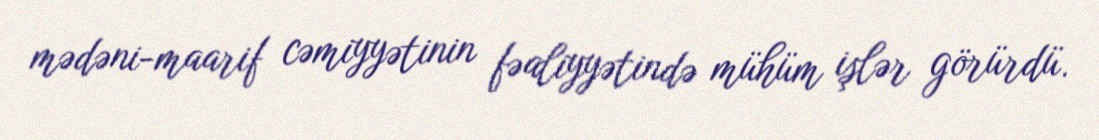
mədəni-maarif cəmiyyətinin fəaliyyətində mühüm işlər görürdü.